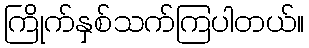
ကြိုက်နှစ်သက်ကြပါတယ်။